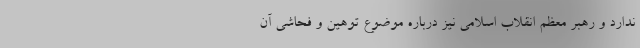
ندارد و رهبر معظم انقلاب اسلامی نیز درباره موضوع توهین و فحاشی آن